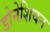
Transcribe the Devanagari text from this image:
डोनेशियन